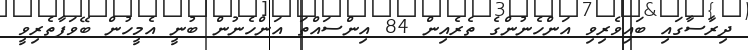
ދިރާސާގައި ބައިވެރިވި އަންހެނުންގެ ތެރެއިން 84 އިންސައްތަ އަންހެނުން ބުނީ އެމީހުން ބޭވަފާތެރިވީ